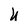
Character: U